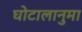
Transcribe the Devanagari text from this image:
घोटालानुमा